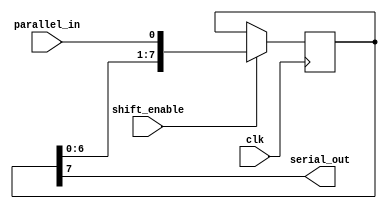
module parallel_in_serial_out (
  input wire clk,
  input wire parallel_in,
  input wire shift_enable,
  output reg serial_out
);

reg [7:0] data_reg;

always @(posedge clk) begin
  if (shift_enable) begin
    data_reg <= {data_reg[6:0], parallel_in};
  end
end

assign serial_out = data_reg[7];

endmodule